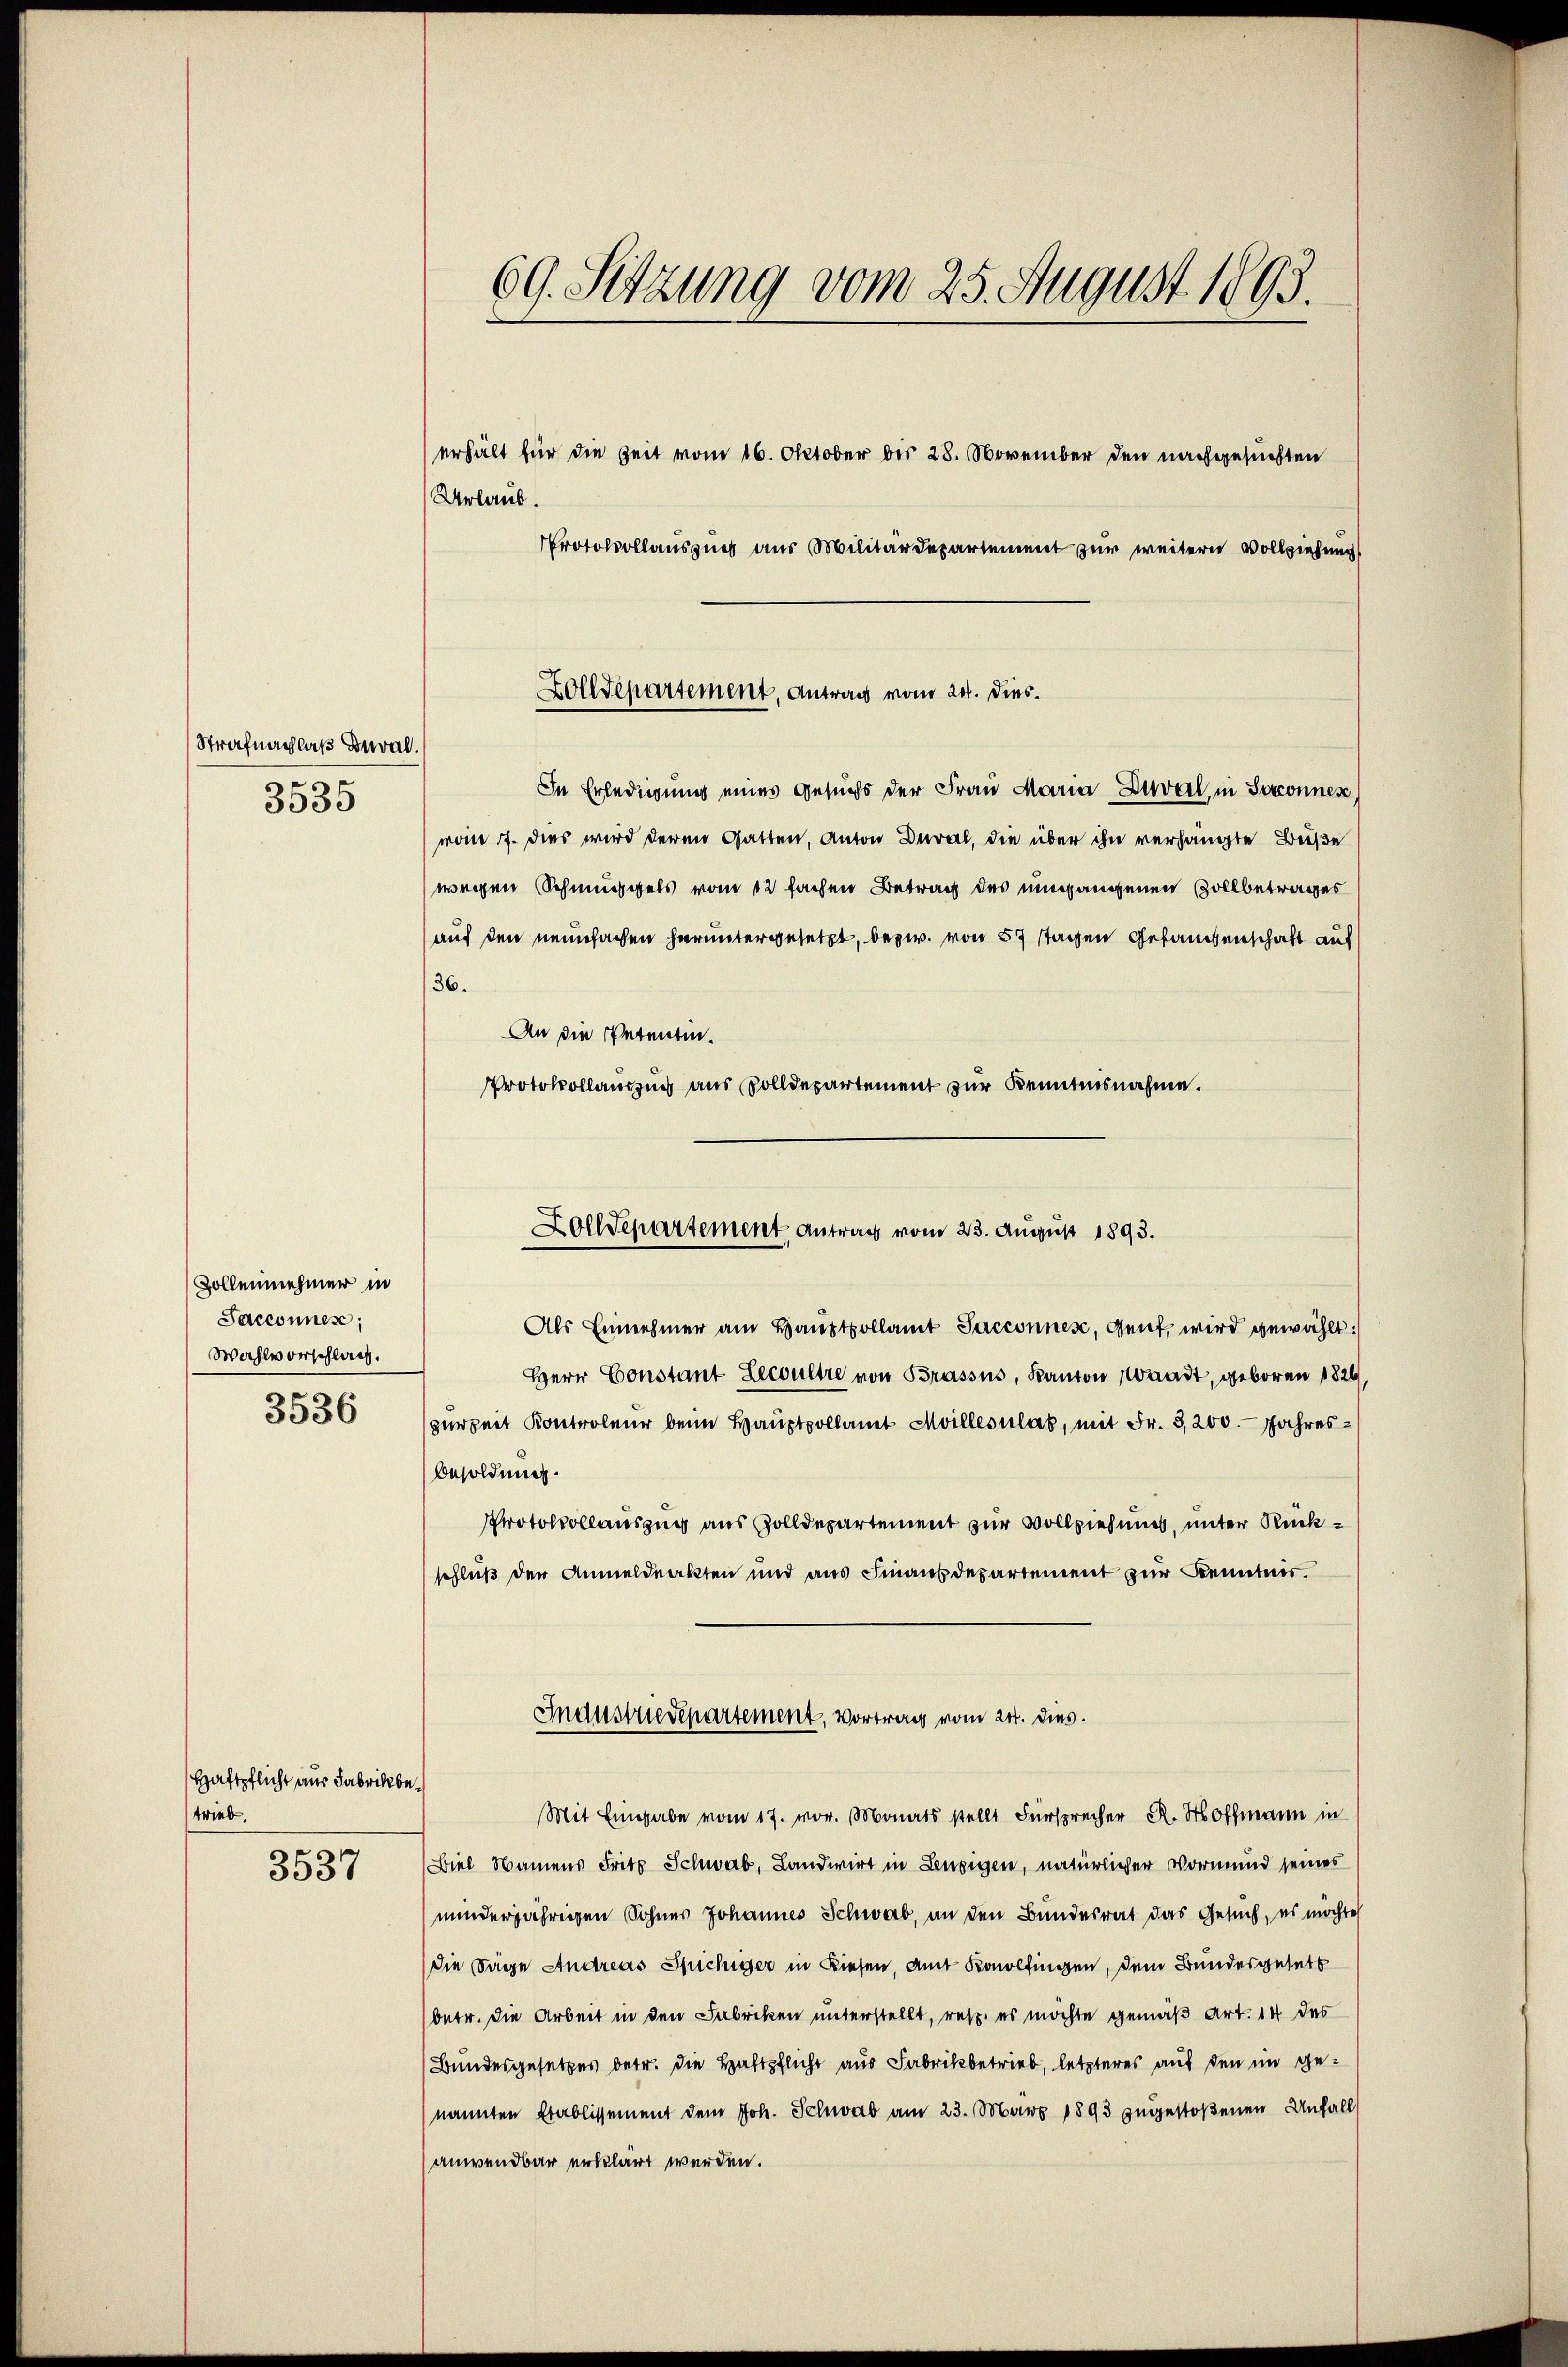
Strafnachlaß deral.
3535

Zollennehmer in
Sacconnes;
Wahlvorschlag.
3536

Haftpflicht aus Fabrikbetrieb.
3537

69. Sitzung vom 25. August 1893.
erhält für die Zeit vom 16. Oktober bis 28. November den nachgesuchten
Urlaub
Protokollausging aus Militärdepartement zur weitern Vollziehung

In Erledigung eines Gesuchs der Frau Maria Zuval in Seconnes,
vom 17. Dies wird deren Gatten, Anton Deval, die über ihn verhängte Buße
wegen Schmuggels vom 12 fachen Betrag des umgangenen Vollbetrages
auf den neunfachen heruntergesetzt, bezw. von 57 stachen Gesammenschaft auf
36.
An die Petentin.
Protokollauszug aus Solldepartement zur Kenntnisnahme.

Zolldepartement, Antrag vom 24. Dies.

Zolldepartement Antrag vom 23. August 1893.

Als Einnehmer am Haŭstvollamt Sacconnes, Genf, wird gewählt:
Herr Constant Lewultre von Brassus, Kanton Waadt, geboren 1826
zerzeit Kontroleuer beim Hauptpollamt Meilles las, mit Fr. 3,200. Jahres¬
Besoldung.
Protokollauszug aus Zolldepartement zur Vollziehung, unter Rückschluß der Anmeldeakten und aus Finanzdepartement zur Kenntnis.
Industriedepartement, Vortrag vom 24. dies.
Mit Eingabe vom 17. vor. Monats stellt Fürsprecher R. Hoffmann in
Biel Namens Frits Schwab, Landwirt in Lenzigen, natürlicher Vormund seines
minderjährigen Sohnes Johannes Schwab, an den Bundesrat das Gesuch, es möchte
die Tage Andreas Spichiger in Diesen, am Konolfingen, dem Bundesgeset
betr. die Arbeit in den Fabriken unterstellt, resp. es möchte gemäß Art. 14 des
Bundesgesetzes betr. die Haftpflicht aus Fabrikbetrieb, letzteres auf den im genannten Etablissement dem Joh. Schwab am 23. März 1893 zugestoßenen Unfall
anwendbar erklärt werden.